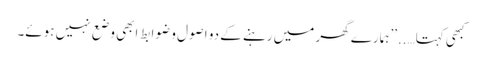
کبھی کہتا…..’’ہمارے گھر میں رہنے کے دو اصول و ضوابط ابھی وضع نہیں ہوئے۔